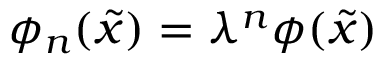
\phi _ { n } ( { \tilde { x } } ) = \lambda ^ { n } \phi ( { \tilde { x } } )